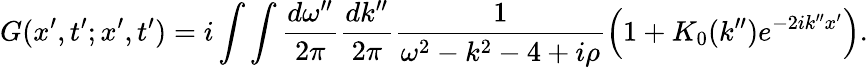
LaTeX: G(x^{\prime},t^{\prime};x^{\prime},t^{\prime})=i\int\int\frac{d\omega^{\prime\prime}}{2\pi}\frac{dk^{\prime\prime}}{2\pi}\frac{1}{\omega^{2}-k^{2}-4+i\rho}\left(1+K_{0}(k^{\prime\prime})e^{-2ik^{\prime\prime}x^{\prime}}\right).